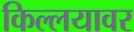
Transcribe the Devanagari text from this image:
किल्लयावर